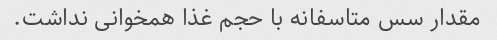
مقدار سس متاسفانه با حجم غذا همخوانی نداشت.